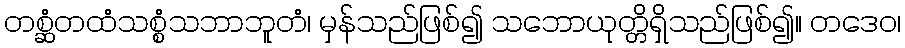
တစ္ဆံတထံသစ္စံသဘာဘူတံ၊ မှန်သည်ဖြစ်၍ သဘောယုတ္တိရှိသည်ဖြစ်၍။ တဒေဝ၊